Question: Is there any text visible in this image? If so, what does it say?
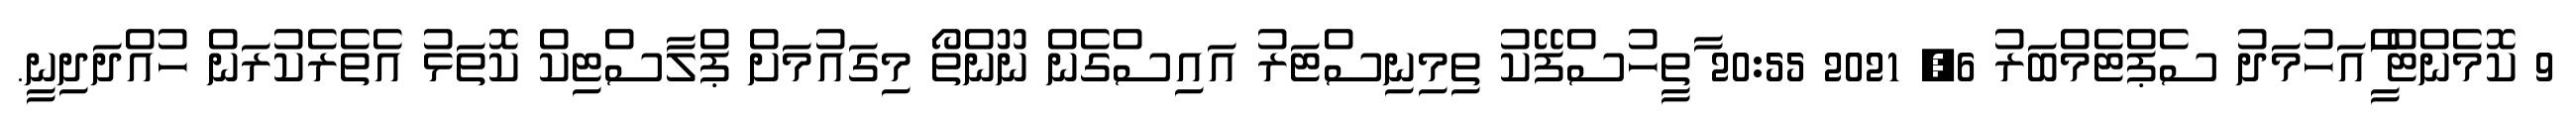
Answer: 9 ކޮމެންޓް ީަަްއަހުމަދު ސެޕްޓެމްބަރު 6, 2021 20:55 ާތީހުސްފޭކު ތިމިނިސްޓަރު އައިސްގެން ނޫންތޯ މިގައުމަށް ޕްލާސްޓިކް ކޮތަޅު އެތެރެކުރަން ހުއްދަދިނީ.